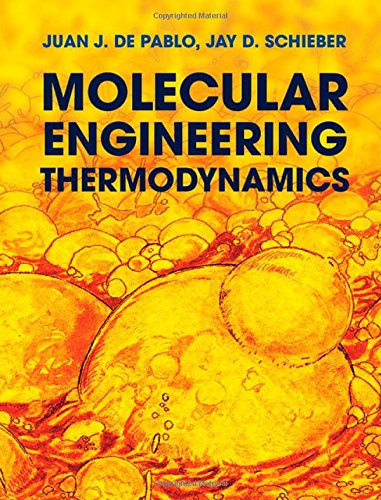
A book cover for Molecular Engineering Thermodynamics (Cambridge Series in Chemical Engineering); Juan J. de Pablo; Science & Math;